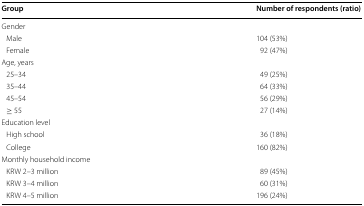
| Group | Number of respondents (ratio) |
 | --- | --- |
 | <COLSPAN=2> Gender |
 | Male | 104 (53%) |
 | Female | 92 (47%) |
 | <COLSPAN=2> Age, years |
 | 25–34 | 49 (25%) |
 | 35–44 | 64 (33%) |
 | 45–54 | 56 (29%) |
 | ≥ 55 | 27 (14%) |
 | <COLSPAN=2> Education level |
 | High school | 36 (18%) |
 | College | 160 (82%) |
 | <COLSPAN=2> Monthly household income |
 | KRW 2–3 million | 89 (45%) |
 | KRW 3–4 million | 60 (31%) |
 | KRW 4–5 million | 196 (24%) |